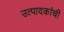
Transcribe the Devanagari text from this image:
उत्पादकांची